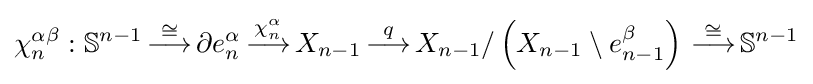
\chi _{n}^{\alpha \beta }:\mathbb {S} ^{n-1}\,{\stackrel {\cong }{\longrightarrow }}\,\partial e_{n}^{\alpha }\,{\stackrel {\chi _{n}^{\alpha }}{\longrightarrow }}\,X_{n-1}\,{\stackrel {q}{\longrightarrow }}\,X_{n-1}/\left(X_{n-1}\setminus e_{n-1}^{\beta }\right)\,{\stackrel {\cong }{\longrightarrow }}\,\mathbb {S} ^{n-1}